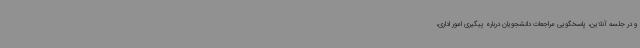
و در جلسه آنلاین، پاسخگویی مراجعات دانشجویان درباره پیگیری امور اداری،